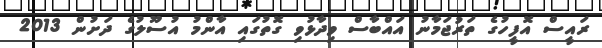
ރައީސް އޮފީހުގެ ތަރުޖަމާނު އައްބާސް ވިދާޅުވި ގޮތުގައި އާންމު އުސޫލުގެ ދަށުން 2013